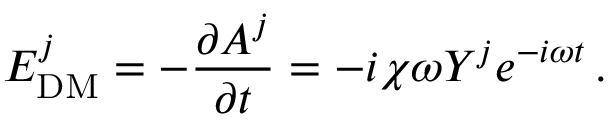
E _ { \mathrm { D M } } ^ { j } = - \frac { \partial A ^ { j } } { \partial t } = - i \chi \omega Y ^ { j } e ^ { - i \omega t } \, .